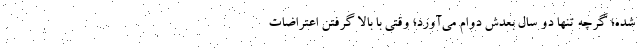
شده؛ گرچه تنها دو سال بعدش دوام می‌آورد؛ وقتی با بالا گرفتن اعتراضات